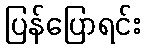
ပြန်ပြောရင်း